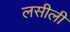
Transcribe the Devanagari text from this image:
लसीली